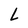
Character: L